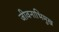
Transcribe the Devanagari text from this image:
जीवनाभिमुख